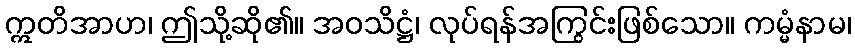
ဣတိအာဟ၊ ဤသို့ဆို၏။ အဝသိဋ္ဌံ၊ လုပ်ရန်အကြွင်းဖြစ်သော။ ကမ္မံနာမ၊